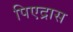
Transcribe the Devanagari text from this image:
पिएद्रास